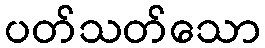
ပတ်သတ်သော